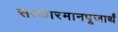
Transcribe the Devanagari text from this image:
सत्कारमानपूजार्थं